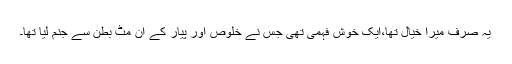
یہ صرف میرا خیال تھا،ایک خوش فہمی تھی جس نے خلوص اور پیار کے اَن مٹ بطن سے جنم لیا تھا۔